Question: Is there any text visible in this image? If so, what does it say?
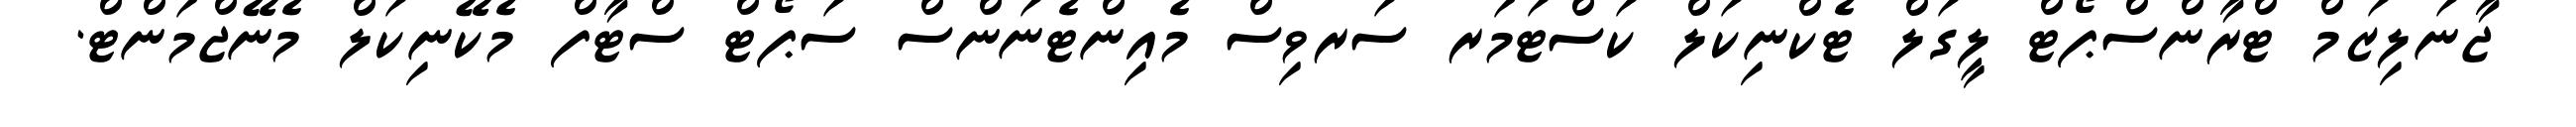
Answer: ޖާނަލިޒަމް ޓްރާންސްޕޯޓް ލީގަލް ޓެކްނިކަލް ކަސްޓަމަރ ސަރވިސް މެއިންޓެނަންސް ސަޕޯޓް ސްޓާފް މެކޭނިކަލް މެނޭޖްމަންޓް.